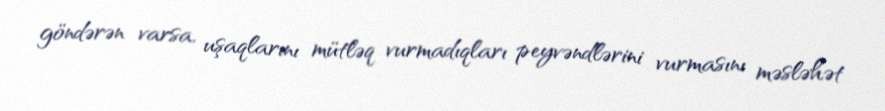
göndərən varsa, uşaqlarını mütləq vurmadıqları peyvəndlərini vurmasını məsləhət